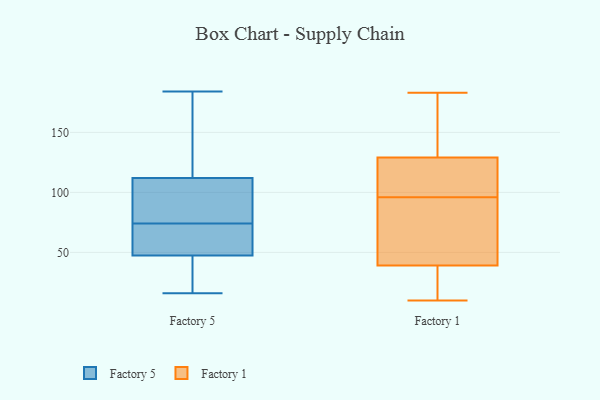
{"axis": {"x": "Bounce Rate (%)", "y": "Value"}, "legend": ["Factory 1", "Factory 5"], "data": [{"x": "", "y": 85, "type": "Factory 5"}, {"x": "", "y": 34, "type": "Factory 5"}, {"x": "", "y": 97, "type": "Factory 5"}, {"x": "", "y": 184, "type": "Factory 5"}, {"x": "", "y": 181, "type": "Factory 5"}, {"x": "", "y": 127, "type": "Factory 5"}, {"x": "", "y": 16, "type": "Factory 5"}, {"x": "", "y": 61, "type": "Factory 5"}, {"x": "", "y": 56, "type": "Factory 5"}, {"x": "", "y": 39, "type": "Factory 5"}, {"x": "", "y": 65, "type": "Factory 5"}, {"x": "", "y": 83, "type": "Factory 5"}, {"x": "", "y": 129, "type": "Factory 1"}, {"x": "", "y": 48, "type": "Factory 1"}, {"x": "", "y": 50, "type": "Factory 1"}, {"x": "", "y": 105, "type": "Factory 1"}, {"x": "", "y": 90, "type": "Factory 1"}, {"x": "", "y": 183, "type": "Factory 1"}, {"x": "", "y": 39, "type": "Factory 1"}, {"x": "", "y": 176, "type": "Factory 1"}, {"x": "", "y": 102, "type": "Factory 1"}, {"x": "", "y": 10, "type": "Factory 1"}, {"x": "", "y": 109, "type": "Factory 1"}, {"x": "", "y": 17, "type": "Factory 1"}, {"x": "", "y": 37, "type": "Factory 1"}, {"x": "", "y": 143, "type": "Factory 1"}]}